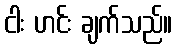
ငါး ဟင်း ချက်သည်။